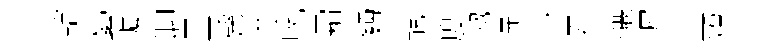
轄縈壙聊呈罄塗吮霜麪靚度抛远心君醸遅皇燎